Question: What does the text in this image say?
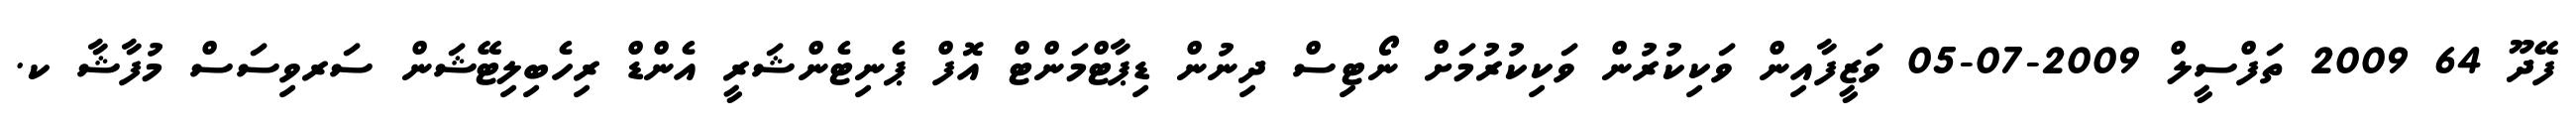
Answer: ފޭދޫ 64 2009 ތަފްސީލް 2009-07-05 ވަޒީފާއިން ވަކިކުރުން ވަކިކުރުމަށް ނޯޓިސް ދިނުން ޑިޕާޓްމަންޓް އޮފް ޕެނިޓެންޝަރީ އެންޑް ރިހެބިލިޓޭޝަން ސަރވިސަސް މުފާޝާ ކ.